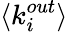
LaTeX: \langle k_{i}^{out}\rangle